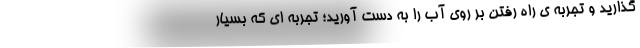
گذارید و تجربه ی راه رفتن بر روی آب را به دست آورید؛ تجربه ای که بسیار